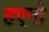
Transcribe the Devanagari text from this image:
हएगो